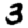
Digit: 3